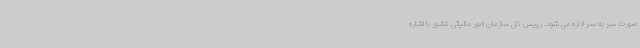
صورت سر به سر اداره می شود. رییس کل سازمان امور مالیاتی کشور با اشاره